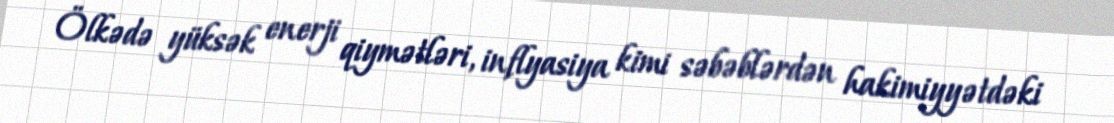
Ölkədə yüksək enerji qiymətləri, inflyasiya kimi səbəblərdən hakimiyyətdəki